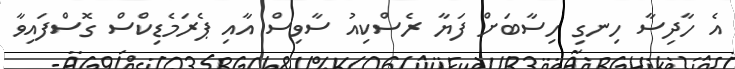
އެ ހާދިސާ ހިނގި ހިސާބަށް ފަޔާ ރެސްކިއު ސާވިސް އާއި ޕެރަމެޑިކްސް ގޮސްފައިވާ